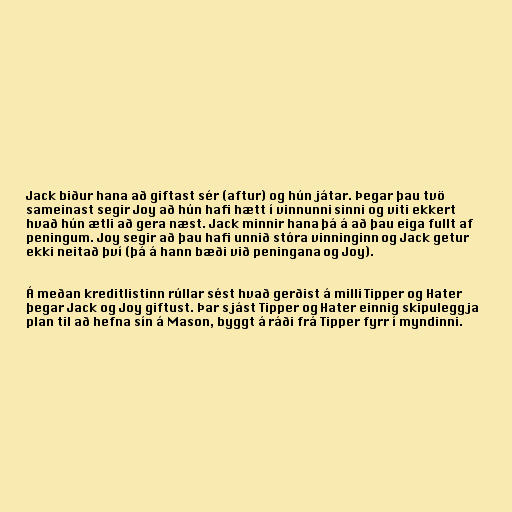
Jack biður hana að giftast sér (aftur) og hún játar. Þegar þau tvö
sameinast segir Joy að hún hafi hætt í vinnunni sinni og viti ekkert
hvað hún ætli að gera næst. Jack minnir hana þá á að þau eiga fullt af
peningum. Joy segir að þau hafi unnið stóra vinninginn og Jack getur
ekki neitað því (þá á hann bæði við peningana og Joy).

Á meðan kreditlistinn rúllar sést hvað gerðist á milli Tipper og Hater
þegar Jack og Joy giftust. Þar sjást Tipper og Hater einnig skipuleggja
plan til að hefna sín á Mason, byggt á ráði frá Tipper fyrr í myndinni.